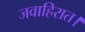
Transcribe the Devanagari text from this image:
जवाहिरात।